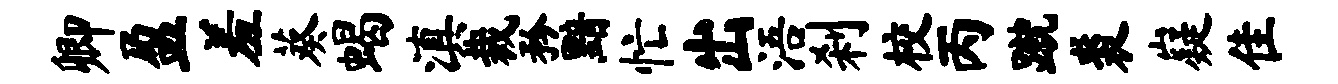
卿盈羞葵蝎滇裁矜黯忙出浯刹校丙蹴裘嶷隹